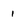
Character: i